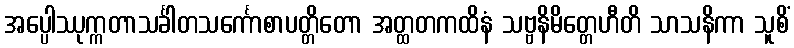
အပ္ပေါဿုက္ကတာသင်္ခါတသင်္ကောစာပတ္တိတော အတ္ထတကထိနံ သဗ္ဗနိမိတ္တေဟီတိ သာသနိကာ သူစိံ